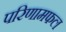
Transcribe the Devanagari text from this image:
परिणामफल